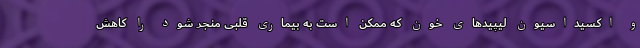
و اکسیداسیون لیپیدهای خون که ممکن است به بیماری قلبی منجر شود را کاهش